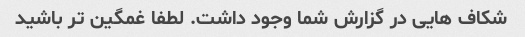
شکاف هایی در گزارش شما وجود داشت. لطفا غمگین تر باشید